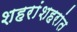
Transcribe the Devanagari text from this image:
शहरांशहरांत